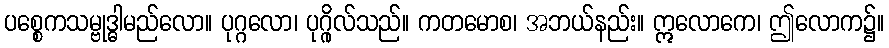
ပစ္စေကသမ္ဗုဒ္ဓါမည်လော။ ပုဂ္ဂလော၊ ပုဂ္ဂိုလ်သည်။ ကတမောစ၊ အဘယ်နည်း။ ဣလောကေ၊ ဤလောက၌။